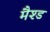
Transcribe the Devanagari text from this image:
मैश्ड